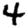
Digit: 4